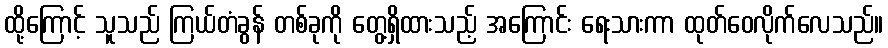
ထို့ကြောင့် သူသည် ကြယ်တံခွန် တစ်ခုကို တွေ့ရှိထားသည့် အကြောင်း ရေးသားကာ ထုတ်ဝေလိုက်လေသည်။